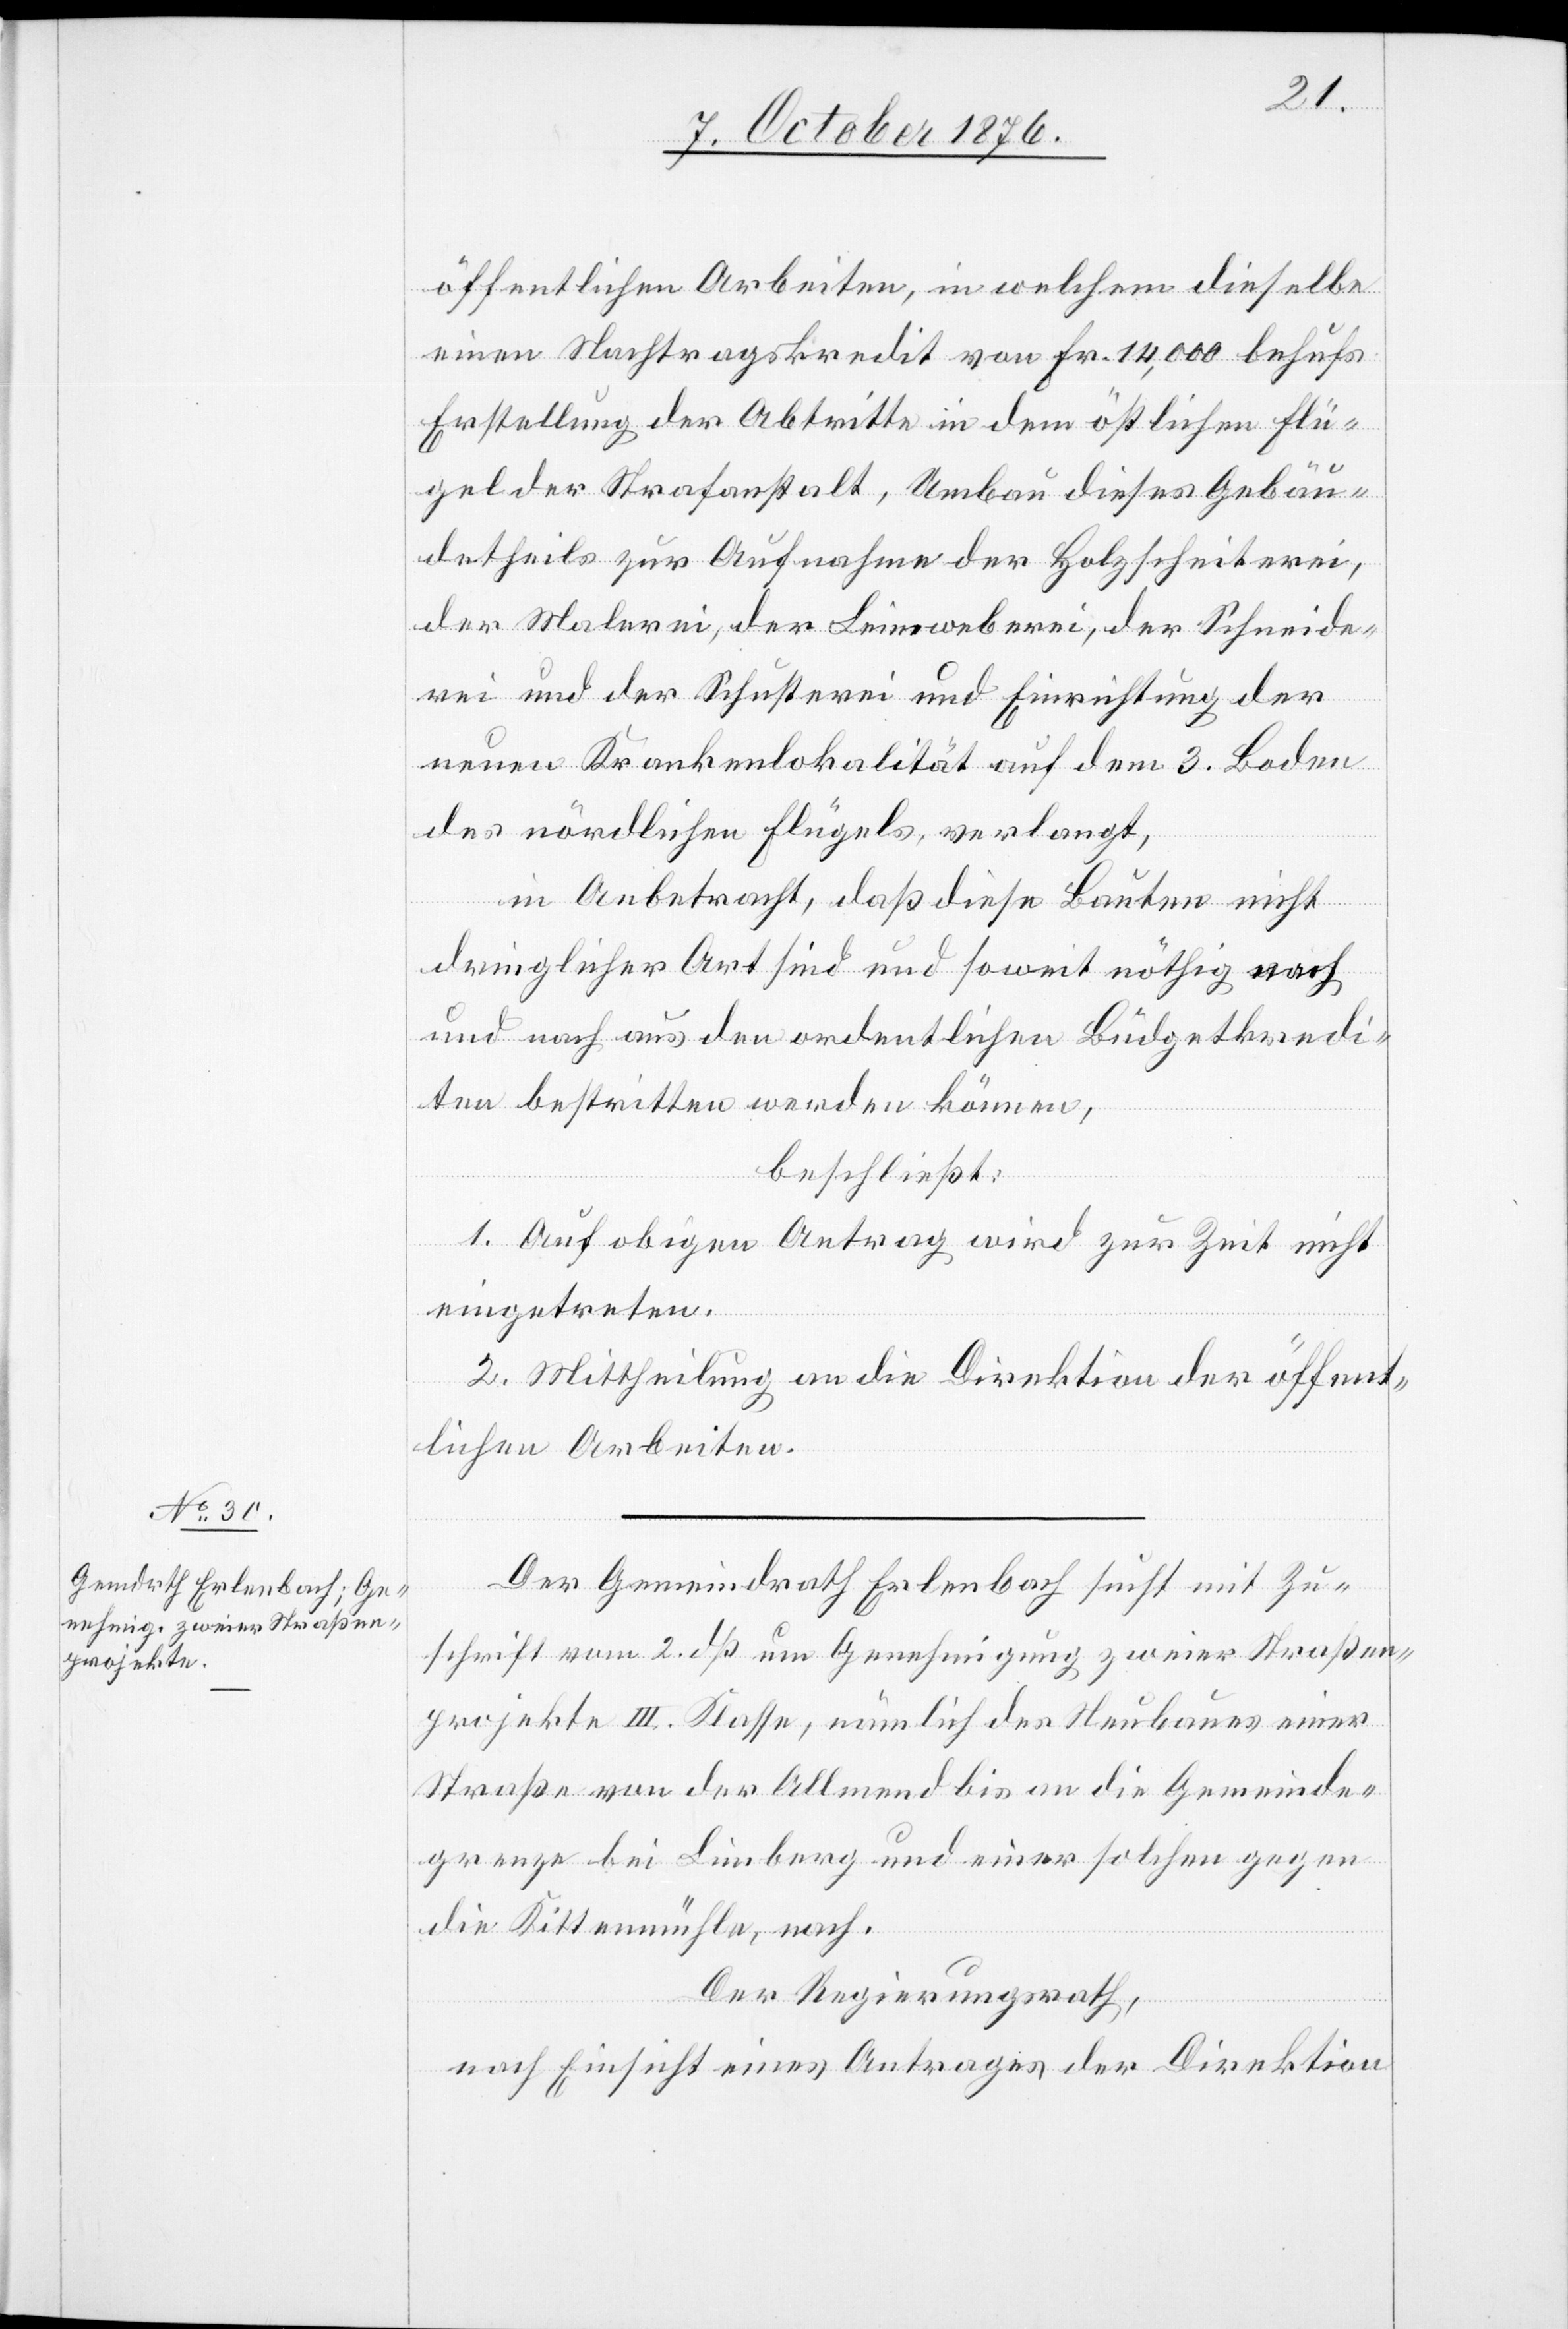
öffentlichen Arbeiten, in welchem dieselbe
einen Nachtragskredit von Fr. 14,000 behufs
Erstellung der Abtritte in dem östlichen Flü¬
gel der Strafanstalt, Umbau dieses Gebäu¬
detheils zur Aufnahme der Holzscheiterei,
der Malerei, der Leimweberei, der Schneide¬
rei und der Schusterei und Einrichtung der
neuen Krankenlokalität auf dem 3. Boden
des nördlichen Flügels, verlangt,
in Anbetracht, daß diese Bauten nicht
dringlicher Art sind und soweit nöthig nach
und nach aus den ordentlichen Büdgetkredi¬
ten bestritten werden können,
beschließt:
1. Auf obigen Antrag wird zur Zeit nicht
eingetreten.
2. Mittheilung an die Direktion der öffent¬
lichen Arbeiten.
Der Gemeindrath Erlenbach sucht mit Zu¬
schrift vom 2. dß um Genehmigung zweier Straßen¬
projekte III. Klasse, nämlich des Neubaues einer
Straße von der Allmend bis an die Gemeinde¬
grenze bei Limberg und einer solchen gegen
die Kittenmühle, nach.
Der Regierungsrath,
nach Einsicht eines Antrages der Direktion